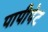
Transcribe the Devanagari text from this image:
पापीपेट